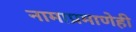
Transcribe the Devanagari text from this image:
नामाप्रमाणेही